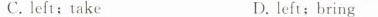
C. left;take D. left;bring